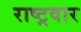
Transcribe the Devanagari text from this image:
राष्ट्रवार